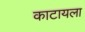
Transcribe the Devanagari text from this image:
काटायला